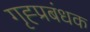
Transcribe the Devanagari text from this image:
गृह्प्रबंधक